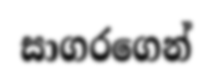
සාගරගෙන්